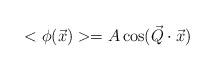
LaTeX: \begin{align*}<\phi(\vec x)> =A \cos (\vec Q \cdot \vec x)\end{align*}